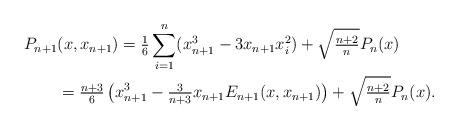
LaTeX: \begin{align*}P_{n+1}&(x, x_{n+1}) = \tfrac{1}{6}\sum_{i = 1}^{n}(x_{n+1}^{3} - 3x_{n+1}x_{i}^{2}) + \sqrt{\tfrac{n+2}{n}}P_{n}(x)\\& = \tfrac{n+3}{6}\left(x_{n+1}^{3} - \tfrac{3}{n+3}x_{n+1}E_{n+1}(x, x_{n+1})\right) + \sqrt{\tfrac{n+2}{n}}P_{n}(x).\end{align*}